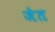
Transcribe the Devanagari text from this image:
जेत